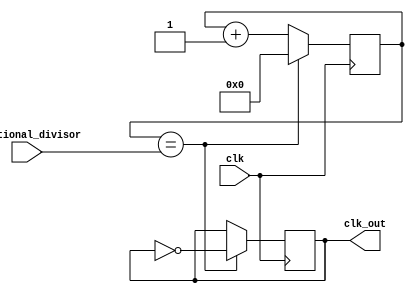
module fractional_clock_divider (
  input clk,
  input [7:0] fractional_divisor,
  output reg clk_out
);

reg [7:0] counter;
reg [7:0] feedback_signal;

always @(posedge clk) begin
  if (counter == fractional_divisor) begin
    counter <= 0;
    clk_out <= ~clk_out;
    feedback_signal <= feedback_signal + 1;
  end else begin
    counter <= counter + 1;
    clk_out <= clk_out;
    feedback_signal <= feedback_signal;
  end
end

endmodule